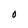
Character: O